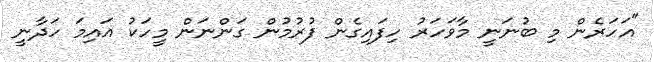
"އަހަރެން މި ބުނަނީ މާވަހަރު ހިފައިގެން ފުރުމުން ގަންނަން މީހަކު އައިމަ ހަދާނީ